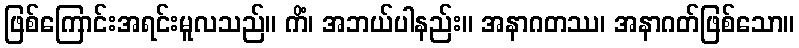
ဖြစ်ကြောင်းအရင်းမူလသည်။ ကိံ၊ အဘယ်ပါနည်း။ အနာဂတဿ၊ အနာဂတ်ဖြစ်သော။